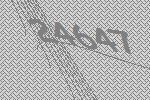
24647